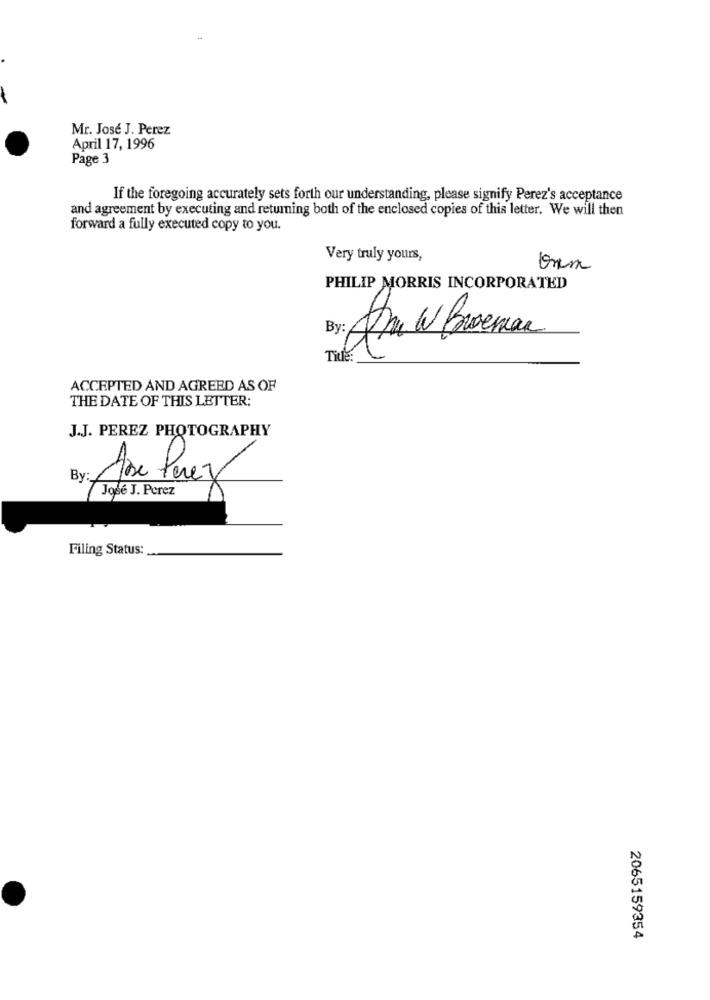
Mr. José J. Perez
April 17, 1996
Page 3
If the foregoing accurately sets forth our understanding, please signify Perez's acceptance
and agreement by executing and returning both of the enclosed copies of this letter. We will then
forward a fully executed copy to you.
Very truly yours,
PHILIP MORRIS INCORPORATED
By:
fra W Broseman
Title:
ACCEPTED AND AGREED AS OF
THE DATE OF THIS LETTER:
J.J. PEREZ PHOTOGRAPHY
By:
Jose Perez
José J. Perez
Filing Status:
2065159354